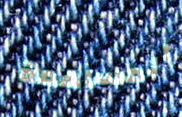
المساهمة